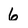
Character: 6